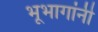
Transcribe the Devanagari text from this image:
भूभागांनी